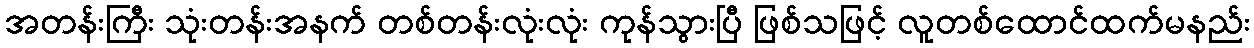
အတန်းကြီး သုံးတန်းအနက် တစ်တန်းလုံးလုံး ကုန်သွားပြီ ဖြစ်သဖြင့် လူတစ်ထောင်ထက်မနည်း